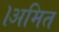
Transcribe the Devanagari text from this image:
।अमित